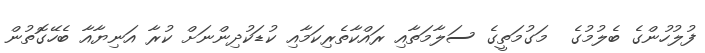
ފުލުހުންގެ ބެލުމުގެ  މަގުމަތީގެ ސަލާމަތާއި ރައްކާތެރިކަމާއި ކުޑަކުދިންނަށް ކުރާ އަނިޔާއާ ބެހޭގޮތުން